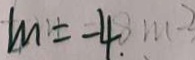
m = - 4 .